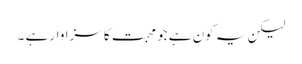
لیکن یہ کون ہے جو محبت کا سزاوار ہے ۔